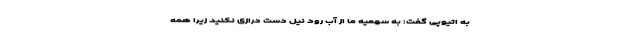
به اتیوپی گفت: به سهمیه ما از آب رود نیل دست درازی نکنید زیرا همه